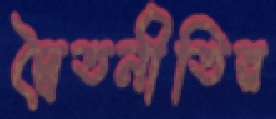
দ্বৈতনীতির